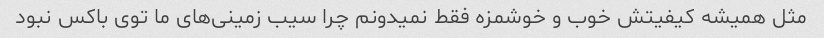
مثل همیشه کیفیتش خوب و خوشمزه فقط نمیدونم چرا سیب زمینی‌های ما توی باکس نبود